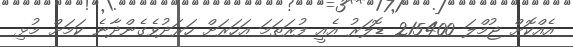
އެއްކޮށް ޖުމްލަ 215400 ޑޮލަރު އެއީ ފުރަތަމަ އަހަރަށް ހަރަދުވެގެންދާނެ ކަމަށް މުޅި